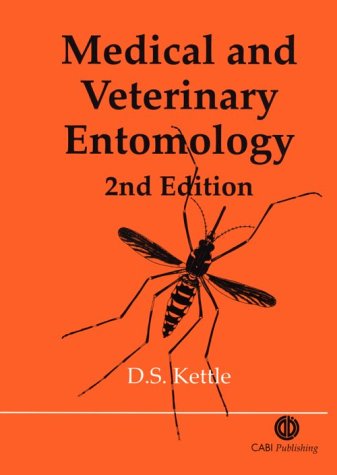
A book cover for Medical and Veterinary Entomology (Cabi); D. S. Kettle; Medical Books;